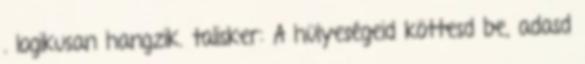
. logikusan hangzik. talisker: A hülyeségeid köttesd be, adasd